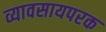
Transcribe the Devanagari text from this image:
व्यावसायपरक